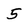
Character: 5